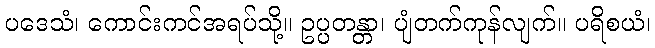
ပဒေသံ၊ ကောင်းကင်အရပ်သို့။ ဥပ္ပတန္တာ၊ ပျံတက်ကုန်လျက်။ ပရိစယံ၊